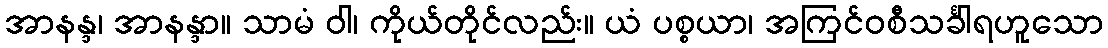
အာနန္ဒ၊ အာနန္ဒာ။ သာမံ ဝါ၊ ကိုယ်တိုင်လည်း။ ယံ ပစ္စယာ၊ အကြင်ဝစီသင်္ခါရဟူသော